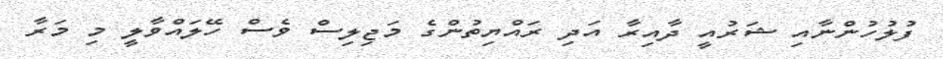
ފުލުހުންނާއި ޝަރުއީ ދާއިރާ އަދި ރައްޔިތުންގެ މަޖިލިސް ވެސް ހޭލައްވާލީ މި މަރާ